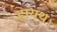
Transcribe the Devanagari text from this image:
हायथ